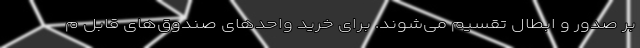
بر صدور و ابطال تقسیم می‌شوند. برای خرید واحدهای صندوق‌های قابل م